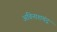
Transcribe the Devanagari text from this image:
अविनाशचंद्र